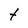
Character: t